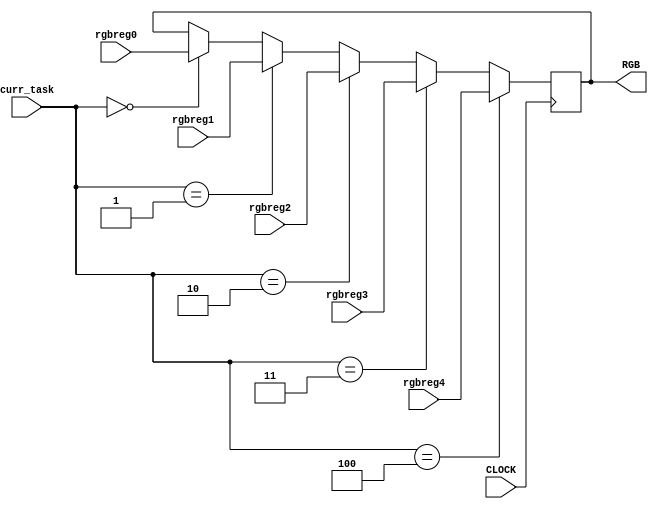
`timescale 1ns / 1ps
//////////////////////////////////////////////////////////////////////////////////
// Company: 
// Engineer: 
// 
// Design Name: 
// Module Name: control
// Project Name: 
// Target Devices: 
// Tool Versions: 
// Description: 
// 
// Dependencies: 
// 
// Revision:
// Revision 0.01 - File Created
// Additional Comments:
// 
//////////////////////////////////////////////////////////////////////////////////


module control(
    input CLOCK,
    input [3:0]curr_task,
    input [15:0]rgbreg0,
    input [15:0]rgbreg1,
    input [15:0]rgbreg2,
    input [15:0]rgbreg3,
    input [15:0]rgbreg4,
    output reg [15:0]RGB
    );
    
    always @(posedge CLOCK) begin
            if (curr_task == 0)
                RGB <= rgbreg0; //lockscreen
            if (curr_task == 1)
                RGB <= rgbreg1; //menu
            if (curr_task == 2)
                RGB <= rgbreg2; //vol bar
            if (curr_task == 3)
                RGB <= rgbreg3; //car game
            if (curr_task == 4)
                RGB <= rgbreg4; //archery game
          
        end
endmodule